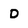
Character: D